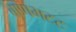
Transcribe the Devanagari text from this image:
बाणभटट